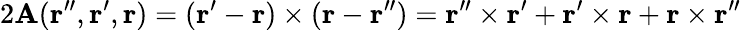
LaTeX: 2\mathbf{A}({\mathbf{r}^{\prime\prime}},{\mathbf{r}^{\prime}},{\mathbf{r}})=({\mathbf{r}}^{\prime}-{\mathbf{r}})\times({\mathbf{r}}-{\mathbf{r}}^{\prime\prime})={\mathbf{r}}^{\prime\prime}\times{\mathbf{r}}^{\prime}+{\mathbf{r}}^{\prime}\times{\mathbf{r}}+{\mathbf{r}}\times{\mathbf{r}}^{\prime\prime}